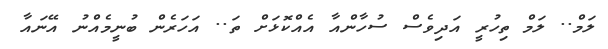
ލަމް.. ލަމް ތިހުރީ އަދިވެސް ސުހާންއާ އެއްކޮޅަށް ތަ.. އަހަރެން ބުނީމެއްނު އޭނައާ